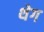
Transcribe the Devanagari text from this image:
थेग